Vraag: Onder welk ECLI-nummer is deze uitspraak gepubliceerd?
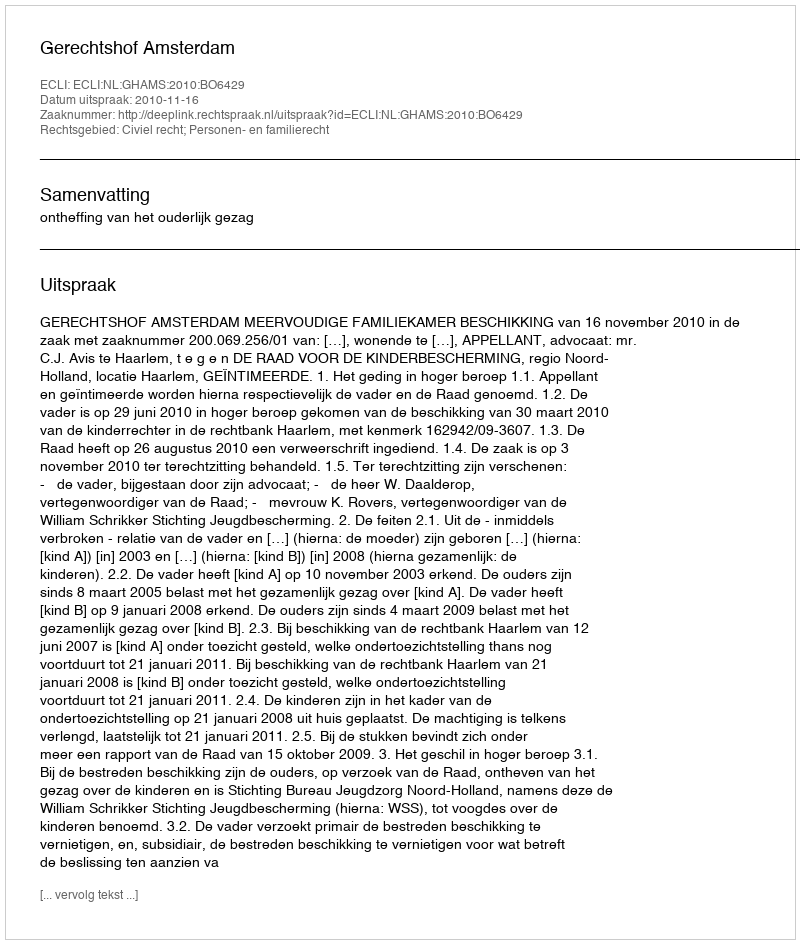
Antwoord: ECLI:NL:GHAMS:2010:BO6429